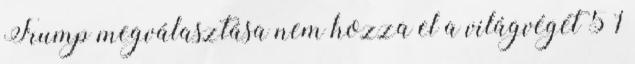
Trump megválasztása nem hozza el a világvégét 5 1